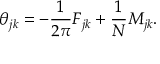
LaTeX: \theta _ { j k } = - { \frac { 1 } { 2 \pi } } F _ { j k } + { \frac { 1 } { N } } M _ { j k } .